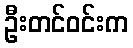
ဦးတင်ဝင်းက